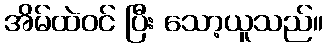
အိမ်ထဲဝင် ပြီး သော့ယူသည်။